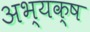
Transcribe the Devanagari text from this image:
अभ्यक्ष